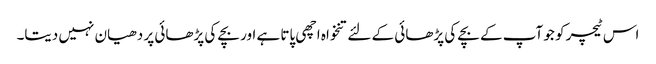
اس ٹیچر کو جو آپ کے بچے کی پڑھائی کے لئے تنخواہ اچھی پاتا ہے اور بچے کی پڑھائی پر دھیان نہیں دیتا۔